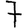
Digit: 7